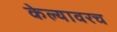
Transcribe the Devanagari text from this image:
केल्यावरच